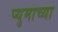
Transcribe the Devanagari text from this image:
प्युमाच्या